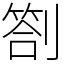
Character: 劄